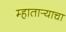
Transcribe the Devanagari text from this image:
म्हातार्‍याचा